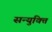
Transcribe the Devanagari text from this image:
सन्युक्ति